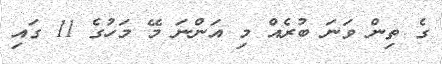
ގެ ތިން ވަނަ ބުރެއް މި އަންނަ މޭ މަހުގެ 11 ގައި